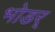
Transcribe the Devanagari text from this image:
भोडर्